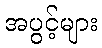
အပွင့်များ